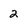
Character: 2